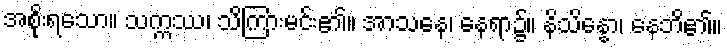
အစိုးရသော။ သက္ကဿ၊ သိကြားမင်း၏။ အာသနေ၊ နေရာ၌။ နိသိန္နော၊ နေဘိ၏။